Investigations into the jail dietaries of the United Provinces with some observations on the influence of dietary on the physical development and well-being of the people of the United Provinces - Number 48
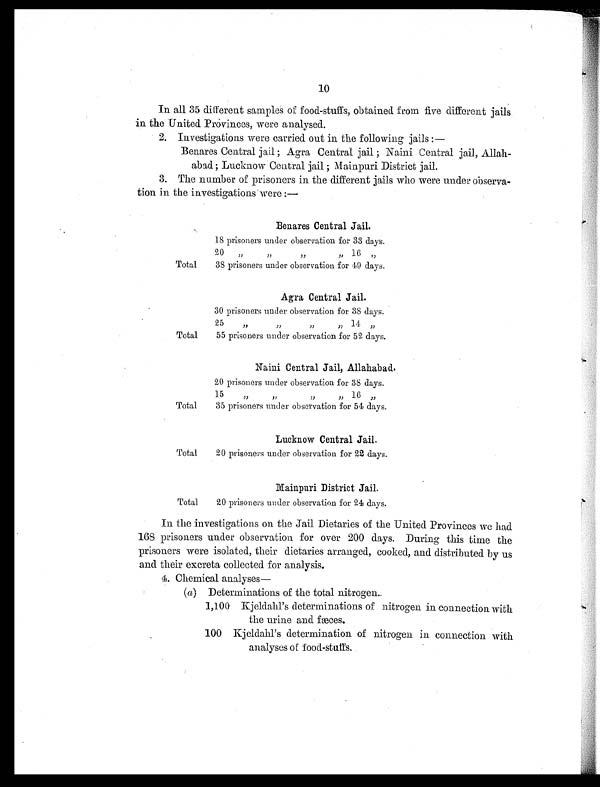
10
In all 35 different samples of food-stuffs, obtained from five different jails.
in the United Provinces, were analysed.
2. Investigations were carried out in the following jails :—
Benares Central jail ; Agra Central jail ; Naini Central jail, Allah-
abad; Lucknow Central jail ; Mainpuri District jail.
3. The number of prisoners in the different jails who were under observa-
tion in the investigations were
Benares Central Jail.
18 prisoners under observation for 33 days.
20
,,
16, ,
Total
38 prisoners under observation for 49 days.
Agra Central Jail.
30 prisoners under observation for 38 days.
25
”
“
”
14
,,
Total
55 prisoners under observation for 52 days.
Naini Central Jail, Allahabad.
20 prisoners under observation for 38 days.
15 ” ” ,,16 ,,
Total
35 prisoners under observation for 54 days.
Lucknow Central Jail.
Total
20 prisoners under observation for 22 days.
Mainpuri District Jail.
Total
20 prisoners under observation for 24 days.
In the investigations on the Jail Dietaries of the United Provinces we had
168 prisoners under observation for over 200 days. During this time the
prisoners were isolated, their dietaries arranged, cooked, and distributed by us
and their excreta collected for analysis.
4. Chemical analyses
(a) Determinations of the total nitrogen._
1,100 Kjeldahl's determinations of nitrogen in connection with
the urine and fæces.
100 Kjeldahl's determination of nitrogen in connection with
analyses of food-stuffs.